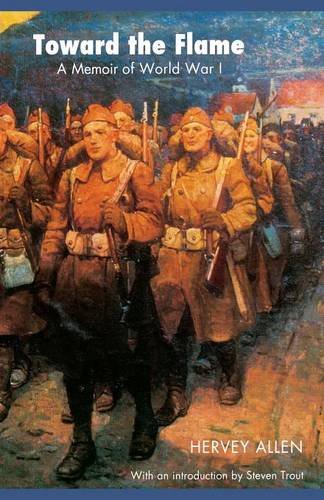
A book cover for Toward the Flame: A Memoir of World War I; Hervey Allen; History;